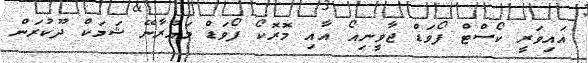
އައިވަރީ ކޯސްޓް ފޯވަޑް ޖާވީނިއޯ އާއި މޮރޮކޯ ފޯވަޑް މައުރާނޭ ޝަމަކް ދޫކުރަން